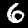
Label: 6